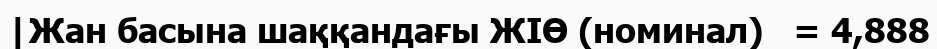
|Жан басына шаққандағы ЖІӨ (номинал)   = 4,888